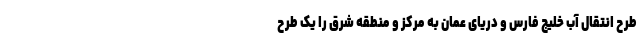
طرح انتقال آب خلیج فارس و دریای عمان به مرکز و منطقه شرق را یک طرح